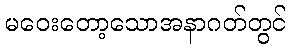
မဝေးတော့သောအနာဂတ်တွင်